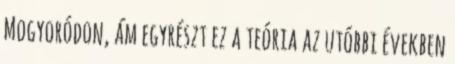
Mogyoródon, ám egyrészt ez a teória az utóbbi években